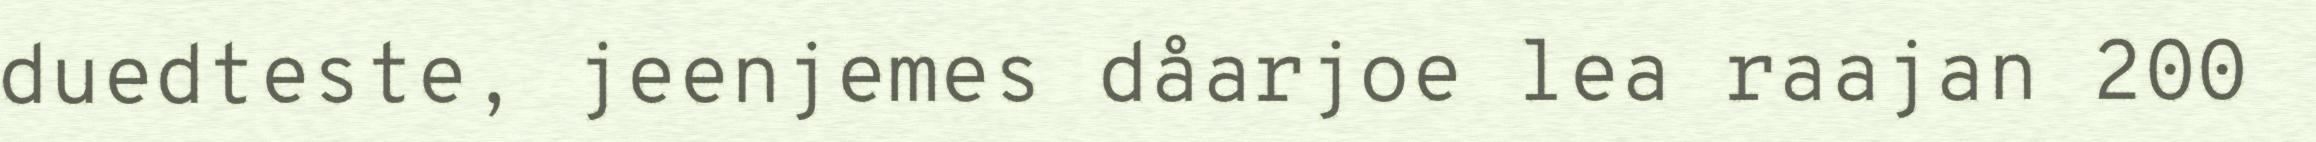
duedteste, jeenjemes dåarjoe lea raajan 200